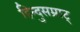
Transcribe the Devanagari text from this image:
हिन्दुसम्राट्